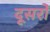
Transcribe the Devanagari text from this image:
दूसरोँ